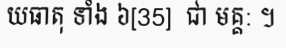
យធាតុ ទាំង ៦[35]  ជា មគ្គ: ។